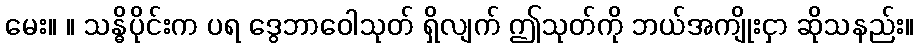
မေး။ ။ သန္ဓိပိုင်းက ပရ ဒွေဘာဝေါသုတ် ရှိလျက် ဤသုတ်ကို ဘယ်အကျိုးငှာ ဆိုသနည်း။